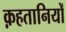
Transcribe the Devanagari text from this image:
क़हतानियों